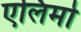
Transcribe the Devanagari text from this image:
एलिमो